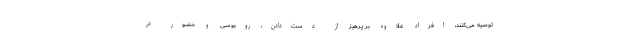
توصیه می‌کنند، افراد علاوه بر پرهیز از دست‌دادن، روبوسی و حضور در